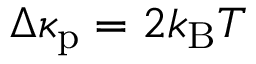
\Delta \kappa _ { \mathrm { p } } = 2 k _ { \mathrm { B } } T